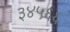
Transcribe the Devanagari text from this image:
३४५६६